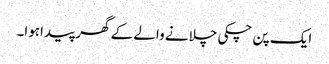
ایک پن چکی چلانے والے کے گھر پیداہوا۔